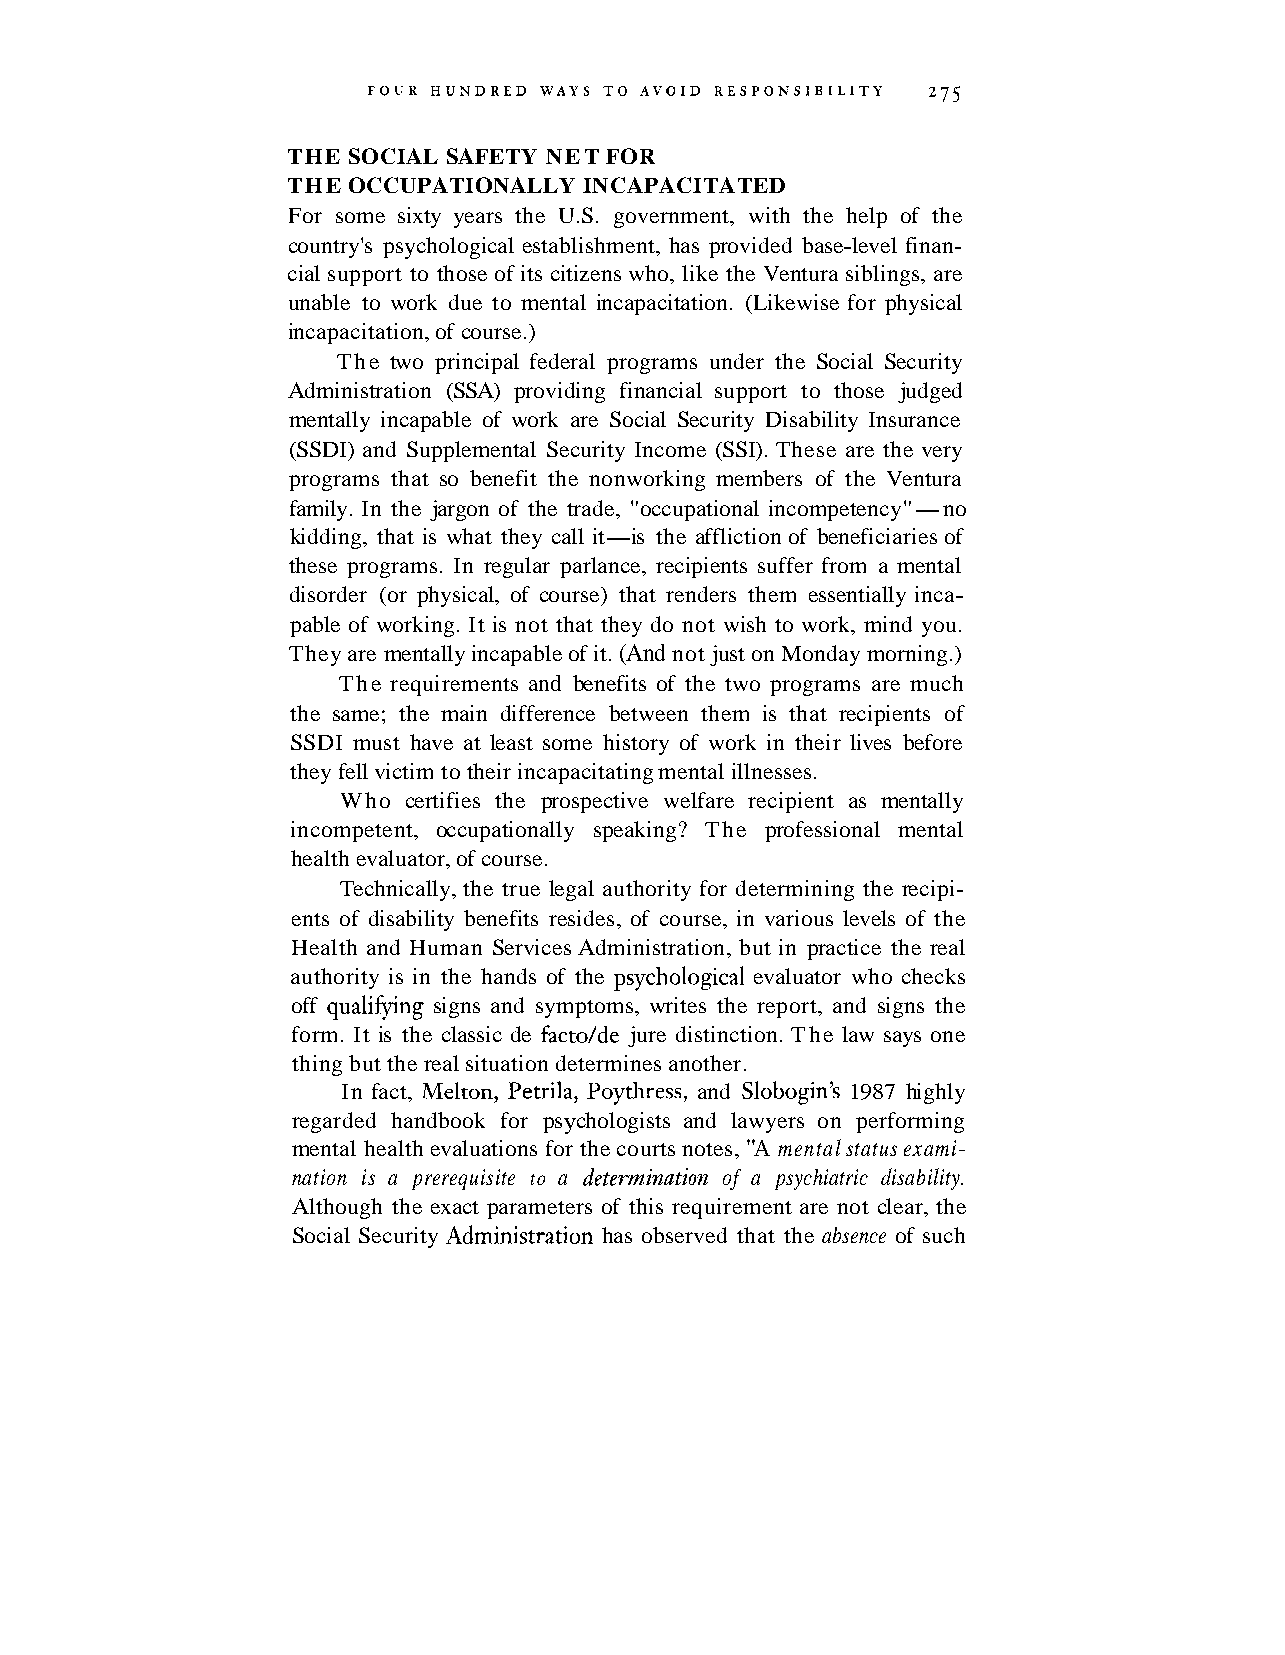
THE SOCIAL SAFETY NET FOR
 THE OCCUPATIONALLY  INCAPACITATED
 For some sixty years the U.S. government, with the help of the
 country's psychological establishment, has provided base-level finan-
 cial support to those of its citizens who, like the Ventura siblings, are
 unable to work due to mental incapacitation. (Likewise for physical
 incapacitation, of course.)
 The two principal federal programs under the Social Security
 Administration (SSA) providing financial support to those judged
 mentally incapable of work are Social Security Disability Insurance
 (SSDI) and Supplemental Security Income (SSI). These are the very
 programs that so benefit the nonworking members of the Ventura
 family. In the jargon of the trade, "occupational incompetency"-no
 kidding, that is what they call it-is the affliction of beneficiaries of
 these programs. In regular parlance, recipients suffer from a mental
 disorder (or physical, of course) that renders them essentially inca-
 pable of working. It is not that they do not wish to work, mind you.
 They are mentally incapable of it. (And not just on Monday morning.)
 The requirements and benefits of the two programs are much
 the same; the main difference between them is that recipients of
 SSDI must have at least some history of work in their lives before
 they fell victim to their incapacitating mental illnesses.
 Who  certifies the prospective welfare recipient as mentally
 incompetent, occupationally speaking? The professional mental
 health evaluator, of course.
 Technically, the true legal authority for determining the recipi-
 ents of disability benefits resides, of course, in various levels of the
 Health and Human Services Administration, but in practice the real
 authority is in the hands of the psychological evaluator who checks
 off qualifying signs and symptoms, writes the report, and signs the
 form. It is the classic de facto/de jure distinction. The law says one
 thing but the real situation determines another.
 In fact, Melton, Petrila, Poythress, and Slobogin's 1987 highly
 regarded handbook for psychologists and lawyers on performing
 mental health evaluations for the courts notes, "A mental status exami-
 nation is a prerequisite to a detemination of a psychiatric disability.
 Although the exact parameters of this requirement are not clear, the
 Social Security Administration has observed that the absence of such